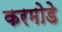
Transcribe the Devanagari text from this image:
करमोडे